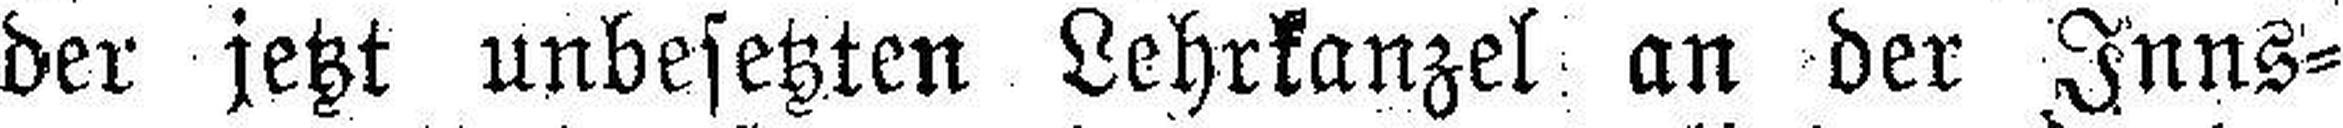
der jetzt unbesetzten Lehrkanzel an der Inns¬